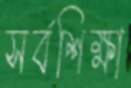
সর্বশিক্ষা